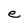
Character: e